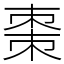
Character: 棗